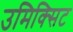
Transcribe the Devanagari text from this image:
उमिक्सिट